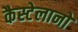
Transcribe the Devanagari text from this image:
कैस्टेलानो